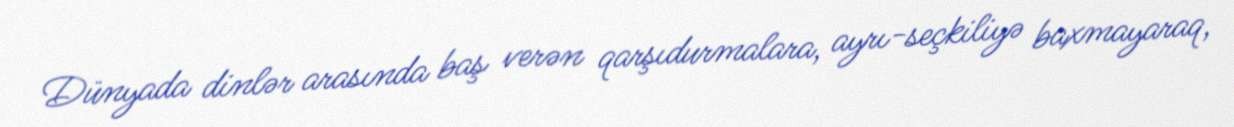
Dünyada dinlər arasında baş verən qarşıdurmalara, ayrı-seçkiliyə baxmayaraq,